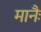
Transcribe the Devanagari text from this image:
मानैः